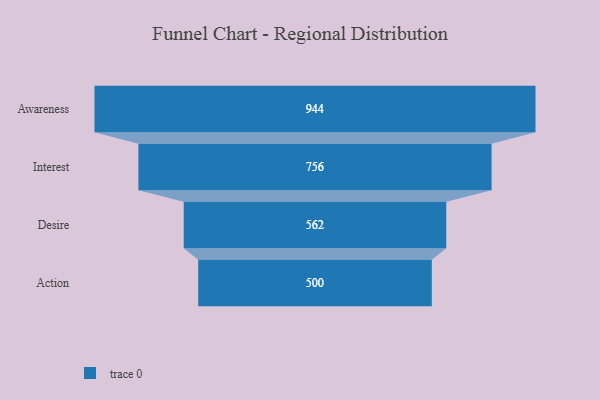
{"axis": {"x": "Stage", "y": "Value"}, "legend": [""], "data": [{"x": "Awareness", "y": 944.0, "type": ""}, {"x": "Interest", "y": 756.0, "type": ""}, {"x": "Desire", "y": 562.0, "type": ""}, {"x": "Action", "y": 500, "type": ""}]}